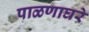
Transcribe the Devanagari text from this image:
पाळणाघरे